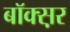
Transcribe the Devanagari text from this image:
बॉक्स़र